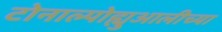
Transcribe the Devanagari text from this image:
टोनाल्पोह्युआलीच्या